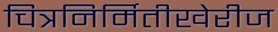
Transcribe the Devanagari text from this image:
चित्रनिर्मितीखेरीज